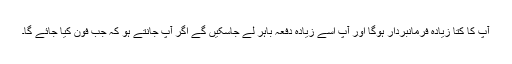
آپ کا کتا زیادہ فرمانبردار ہوگا اور آپ اسے زیادہ دفعہ باہر لے جاسکیں گے اگر آپ جانتے ہو کہ جب فون کیا جائے گا۔